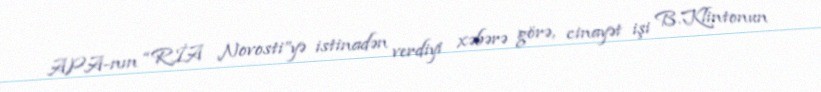
APA-nın “RİA Novosti”yə istinadən verdiyi xəbərə görə, cinayət işi B.Klintonun